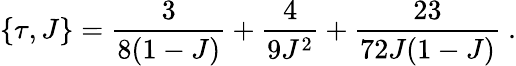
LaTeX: \{ \tau,J\} =\frac{3}{8(1-J)}+\frac{4}{9J^{2}}+\frac{23}{72J(1-J)}\ .